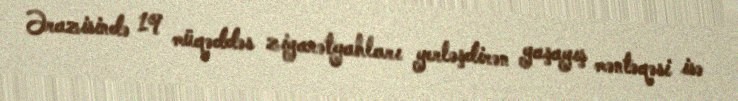
Ərazisində 19 müqəddəs ziyarətgahları yerləşdirən yaşayış məntəqəsi isə